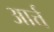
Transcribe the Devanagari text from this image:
आर्त्त